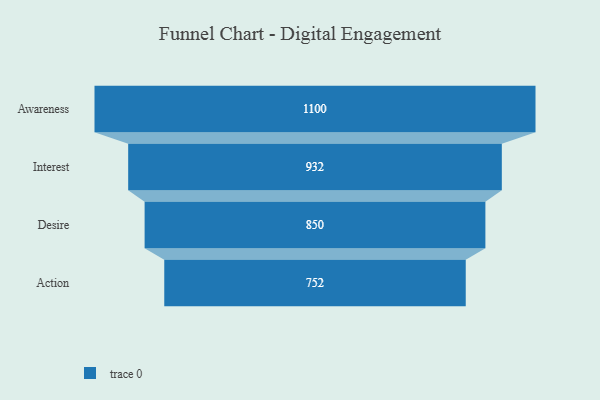
{"axis": {"x": "Stage", "y": "Value"}, "legend": [""], "data": [{"x": "Awareness", "y": 1100.0, "type": ""}, {"x": "Interest", "y": 932.0, "type": ""}, {"x": "Desire", "y": 850.0, "type": ""}, {"x": "Action", "y": 752.0, "type": ""}]}